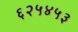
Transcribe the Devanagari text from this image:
६२५४५३